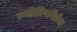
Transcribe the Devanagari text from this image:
ज्योतिषविद्येचा